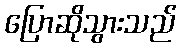
ပြောဆိုသွားသည်